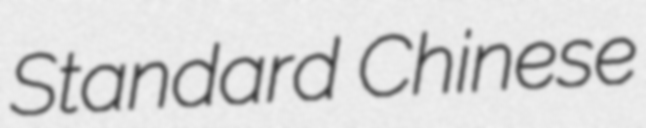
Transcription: Standard Chinese